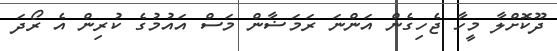
ދޫކޮށްލާ މީހާ ޖެހިގެން އަންނަ ރަމަޟާން މަސް އައުމުގެ ކުރިން އެ ރޯދަ